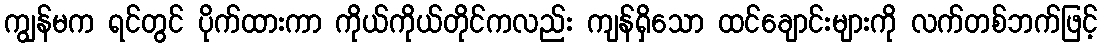
ကျွန်မက ရင်တွင် ပိုက်ထားကာ ကိုယ်ကိုယ်တိုင်ကလည်း ကျန်ရှိသော ထင်ချောင်းများကို လက်တစ်ဘက်ဖြင့်